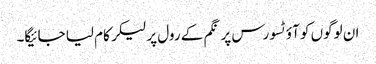
ان لوگوں کو آؤٹسورس پر نگم کے رول پر لیکر کام لیا جائیگا۔